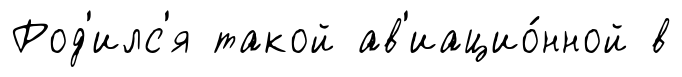
Род'илс'я такой ав'иацио́нной в